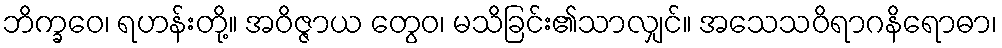
ဘိက္ခဝေ၊ ရဟန်းတို့။ အဝိဇ္ဇာယ တွေဝ၊ မသိခြင်း၏သာလျှင်။ အသေသဝိရာဂနိရောဓာ၊